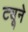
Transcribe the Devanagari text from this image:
ट्यूने